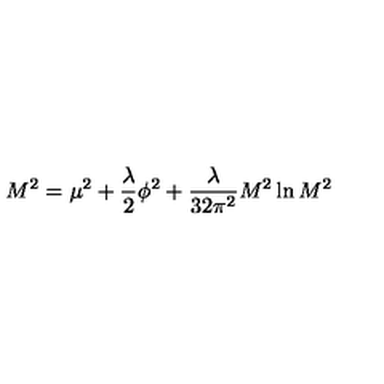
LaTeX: M ^ { 2 } = \mu ^ { 2 } + { \frac { \lambda } { 2 } } \phi ^ { 2 } + { \frac { \lambda } { 3 2 \pi ^ { 2 } } } M ^ { 2 } \ln { M ^ { 2 } }